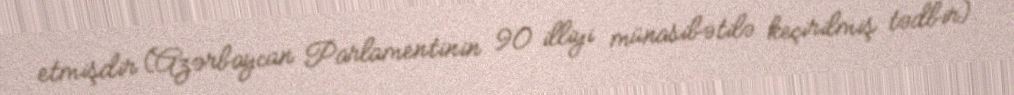
etmişdir (Azərbaycan Parlamentinin 90 illiyi münasibətilə keçirilmiş tədbir).